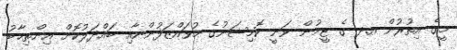
މީގެ އިތުރުން އ.ދ ގެ ޓީމުން ވަނީ ކޮމިޝަނުގެ މުވައްޒަފުންނާއި ބައްދަލުކޮށް އިންތިޚާބު